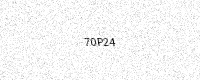
Text: 70P24